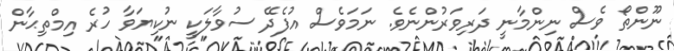
ނޫންތޯ ވެސް ނިންމާނީ ދަރިވަރުންނެވެ. ނަމަވެސް އުފެދޭ ސުވާލަކީ ނުކިޔަވާ ހުރެ އިމްތިޙާން